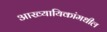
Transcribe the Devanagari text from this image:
आख्यायिकांमधील